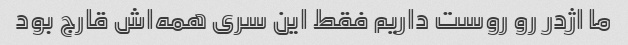
ما اژدر رو روست داریم فقط این سری همه‌اش قارج بود